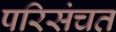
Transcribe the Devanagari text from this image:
परिसंचत